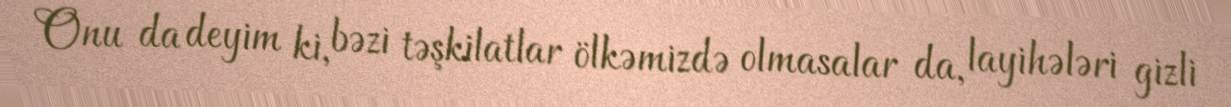
Onu da deyim ki, bəzi təşkilatlar ölkəmizdə olmasalar da, layihələri gizli